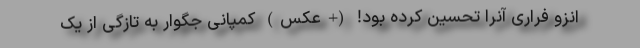
انزو فراری آنرا تحسین کرده بود! (+عکس) کمپانی جگوار به تازگی از یک